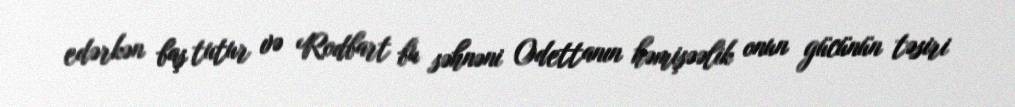
edərkən baş tutur və Rodbart bu səhnəni Odettanın həmişəəlik onun gücünün təsiri